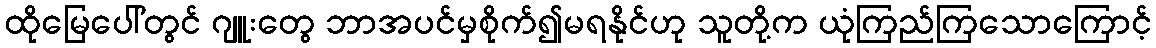
ထိုမြေပေါ်တွင် ဂျူးတွေ ဘာအပင်မှစိုက်၍မရနိုင်ဟု သူတို့က ယုံကြည်ကြသောကြောင့်